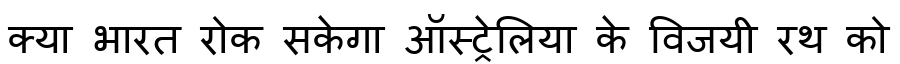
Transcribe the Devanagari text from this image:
क्या भारत रोक सकेगा ऑस्ट्रेलिया के विजयी रथ को